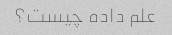
علم داده چیست؟